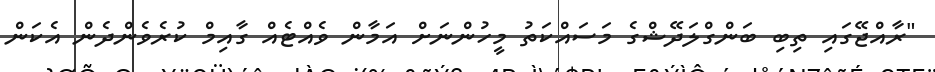
"ރާއްޖޭގައި ތިބި ބަންގްލަދޭޝްގެ މަސައްކަތު މީހުންނަށް އަމާން ވެއްޓެއް ގާއިމް ކުރެވެންދެން އެކަން